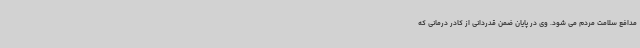
مدافع سلامت مردم می شود. وی در پایان ضمن قدردانی از کادر درمانی که